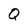
Character: Q